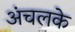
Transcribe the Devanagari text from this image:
अंचलके